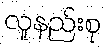
လူနည်းစု